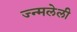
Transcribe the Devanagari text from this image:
ज्न्मलेली